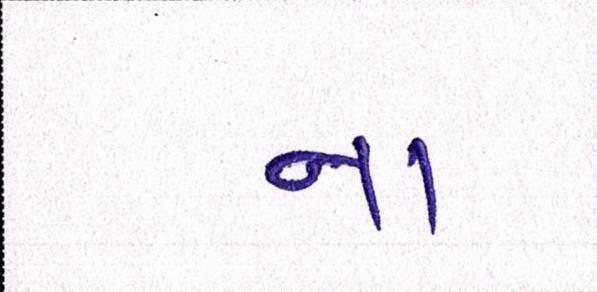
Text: ના